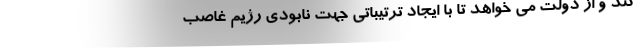
کند و از دولت می خواهد تا با ایجاد ترتیباتی جهت نابودی رژیم غاصب